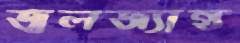
জ্বলজ্যান্ত